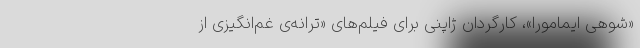
«شوهی ایمامورا»، کارگردان ژاپنی برای فیلم‌های «ترانه‌ی غم‌انگیزی از